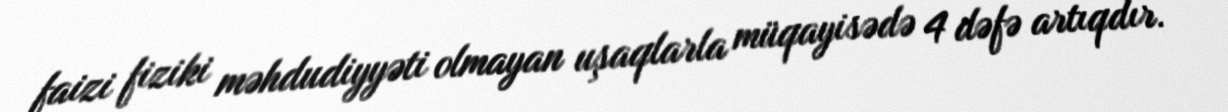
faizi fiziki məhdudiyyəti olmayan uşaqlarla müqayisədə 4 dəfə artıqdır.